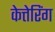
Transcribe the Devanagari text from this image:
केत्तेरिंग